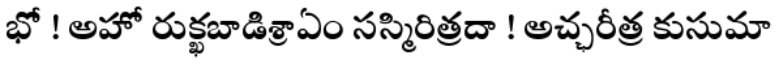
భో ! అహో రుక్ఖబాడిశ్రాఏం సస్మిరిత్రదా ! అచ్ఛరీత్ర కుసుమా